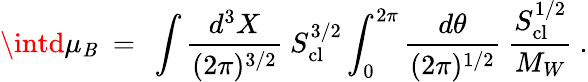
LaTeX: \intd\mu_{\mathit{B}}\ =\ \int{\frac{{d^{3}X}}{{(2\pi)^{3/2}}}}\ S_{\mathrm{{cl}}}^{3/2}\int_{0}^{2\pi}{\frac{{d\theta}}{{(2\pi)^{1/2}}}}\ {\frac{{S_{\mathrm{{cl}}}^{1/2}}}{{M_{W}}}}\ .